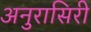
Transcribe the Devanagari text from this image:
अनुरासिरी